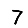
Digit: 7